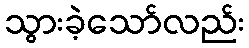
သွားခဲ့သော်လည်း